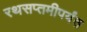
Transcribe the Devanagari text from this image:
रथसप्तमीपर्यंत